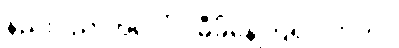
နည်းပညာအပေါ်ပဲ မှီခိုနေကြရပါတယ်။